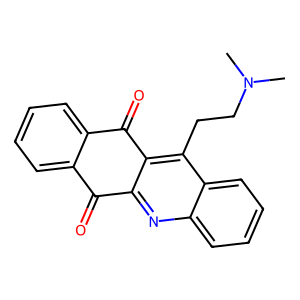
SMILES: CN(C)CCc1c2c(nc3ccccc13)C(=O)c1ccccc1C2=O
Inhibits HIV replication: No